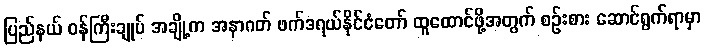
ပြည်နယ် ဝန်ကြီးချုပ် အချို့က အနာဂတ် ဖက်ဒရယ်နိုင်ငံတော် ထူထောင်ဖို့အတွက် စဉ်းစား ဆောင်ရွက်ရာမှာ